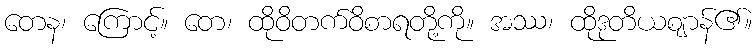
တေန၊ ကြောင့်။ တေ၊ ထိုဝိတက်ဝိစာရတို့ကို။ အဿ၊ ထိုဒုတိယဈာန်၏။